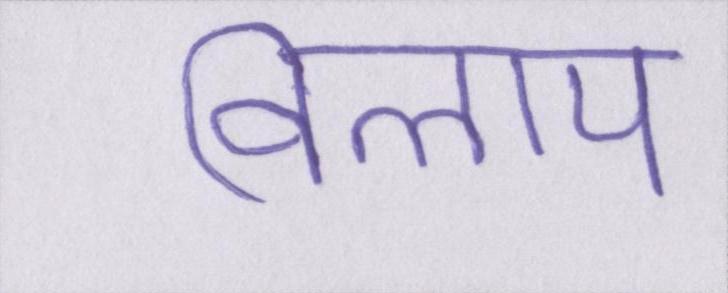
विलाप